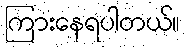
ကြားနေရပါတယ်။